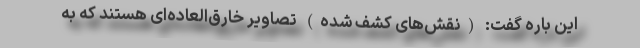
این باره گفت: (نقش‌های کشف شده) تصاویر خارق‌العاده‌ای هستند که به